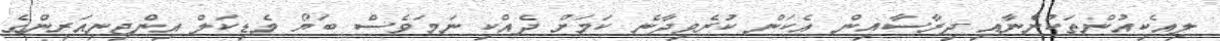
ލިއެކިއުންތަކުންނާއި ދިރާސާއިން އެކަން ކުރެވިދާނެ ކަމަށް ދެއްކި ނަމަވެސް ބަޔޯ މެޑިކަލް އިންޖިނިއަރިންގެ